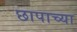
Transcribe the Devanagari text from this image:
छापाच्या